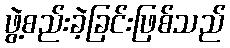
ဖွဲ့စည်းခဲ့ခြင်းဖြစ်သည်